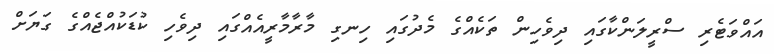
އައްވަޓެރި ސްރީލަންކާގައި ދިވެހިން ތަކެއްގެ މެދުގައި ހިނގި މާރާމާރީއެއްގައި ދިވެހި ކުޑަކުއްޖެއްގެ ގަޔަށް